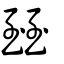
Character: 臸